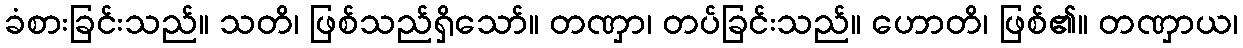
ခံစားခြင်းသည်။ သတိ၊ ဖြစ်သည်ရှိသော်။ တဏှာ၊ တပ်ခြင်းသည်။ ဟောတိ၊ ဖြစ်၏။ တဏှာယ၊